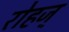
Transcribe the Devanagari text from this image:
रोहज्